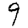
Digit: 9